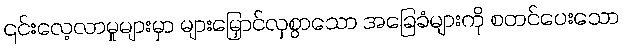
၎င်းလေ့လာမှုများမှာ များမြှောင်လှစွာသော အခြေခံများကို စတင်ပေးသော